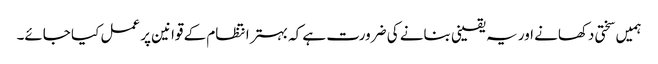
ہمیں سختی دکھانے اور یہ یقینی بنانے کی ضرورت ہے کہ بہتر انتظام کے قوانین پر عمل کیا جائے۔